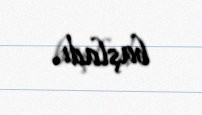
başladı.